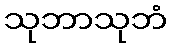
သုဘာသုဘံ